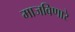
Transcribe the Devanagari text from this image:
माजविणारे